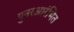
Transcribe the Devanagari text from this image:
पुनरआरंभित